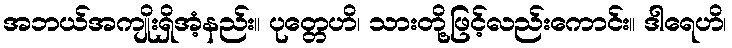
အဘယ်အကျိုးရှိအံ့နည်း။ ပုတ္တေဟိ၊ သားတို့ဖြင့်လည်းကောင်း။ ဒါရေဟိ၊